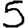
Digit: 5